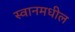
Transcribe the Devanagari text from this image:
स्वानमधील